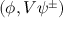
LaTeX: ( \phi , V \psi ^ { \pm } )